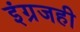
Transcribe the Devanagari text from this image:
इंग्रजही